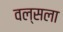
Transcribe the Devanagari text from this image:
वल्‍सला